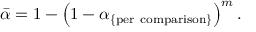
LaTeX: { \bar { \alpha } } = 1 - \left( 1 - \alpha _ { \{ { \mathrm { p e r ~ c o m p a r i s o n } } \} } \right) ^ { m } .